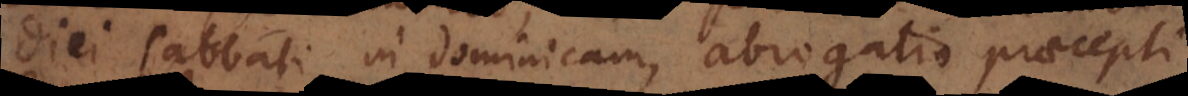
diei sabbati in dominicam, abrogatio praecepti